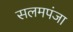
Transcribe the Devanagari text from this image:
सलमपंजा